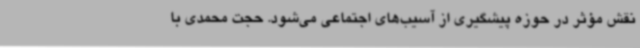
نقش مؤثر در حوزه پیشگیری از آسیب‌های اجتماعی می‌شود. حجت محمدی با